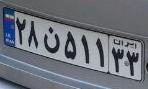
۲۸ن۵۱۱۳۳